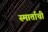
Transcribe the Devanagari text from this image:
स्मार्ताची